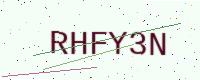
Text: RHFY3N